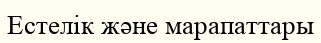
Естелік және марапаттары